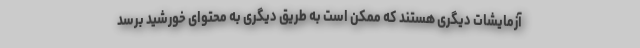
آزمایشات دیگری هستند که ممکن است به طریق دیگری به محتوای خورشید برسد